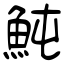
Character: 魨